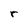
Character: r